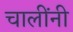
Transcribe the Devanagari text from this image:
चालींनी